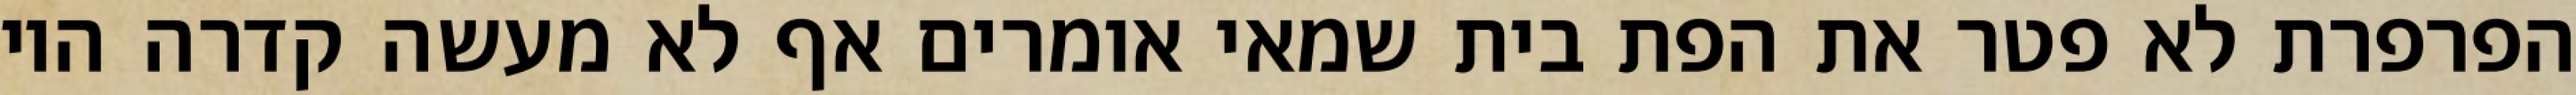
הפרפרת לא פטר את הפת בית שמאי אומרים אף לא מעשה קדרה היו